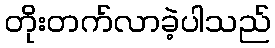
တိုးတက်လာခဲ့ပါသည်